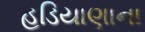
હડિયાણાના